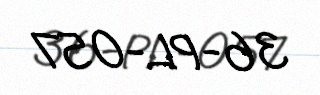
36-PL-057